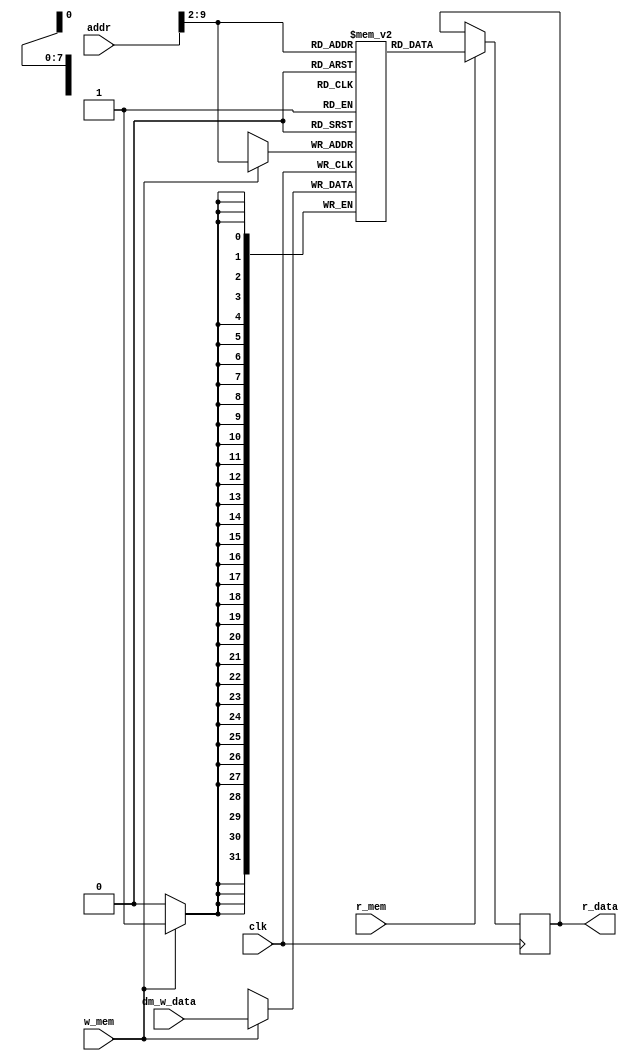
module DM(
    clk, 
    addr, 
    dm_w_data, 
    r_data, 
    r_mem,
    w_mem
);
    
    input clk;
    input [31:0]    addr;
    input [31:0]    dm_w_data;
    input r_mem;
    input w_mem;
    output [31:0]   r_data;
    
    // Data memory is byte-addressable.
    // I defined the memory with 32-bit width and 256 depth.
    // Because it's 32 bits width equal 4 bytes, the address will 
    // add 4 to jump to next address.
    reg    [31:0] memory [0:255];
    
    // Initial data memory
    integer i;
    initial begin
        for(i = 0; i < 255; i++) begin
            memory[i] <= 32'b0;
        end
    end
    
    // Write Data
    always @(posedge clk)
        begin
            if(w_mem == 1)
                memory[addr>>2] <= dm_w_data;
        end
    
    always @(negedge clk)
        begin
            if(r_mem == 1)
                r_data  <= memory[addr>>2];
        end
endmodule